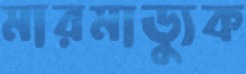
মারমাড্যুক